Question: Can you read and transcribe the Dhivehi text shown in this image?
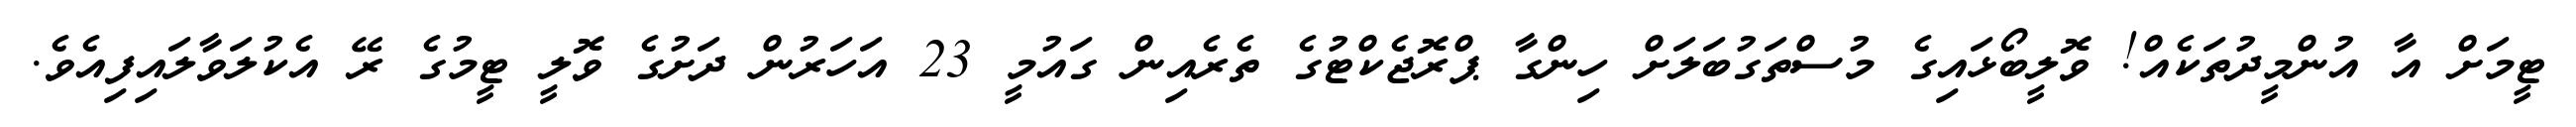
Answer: ޓީމަށް އާ އުންމީދުތަކެއް! ވޮލީބޯޅައިގެ މުސްތަގުބަލަށް ހިންގާ ޕްރޮޖެކްޓުގެ ތެރެއިން ގައުމީ 23 އަހަރުން ދަށުގެ ވޮލީ ޓީމުގެ ރޭ އެކުލަވާލައިފިއެވެ.